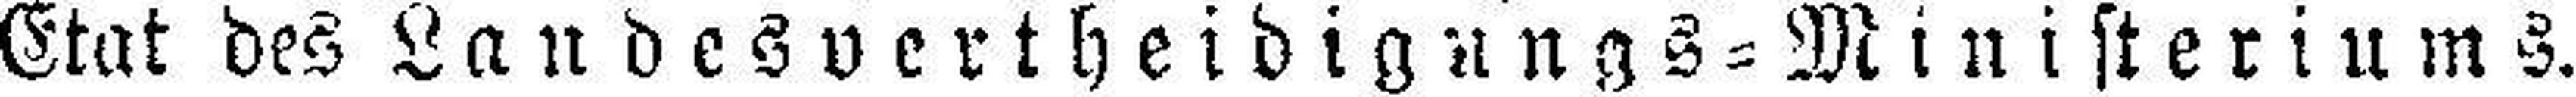
Etat des Landesvertheidigungs=Ministeriums.